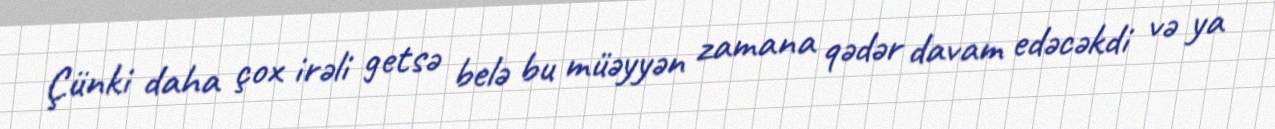
Çünki daha çox irəli getsə belə bu müəyyən zamana qədər davam edəcəkdi və ya